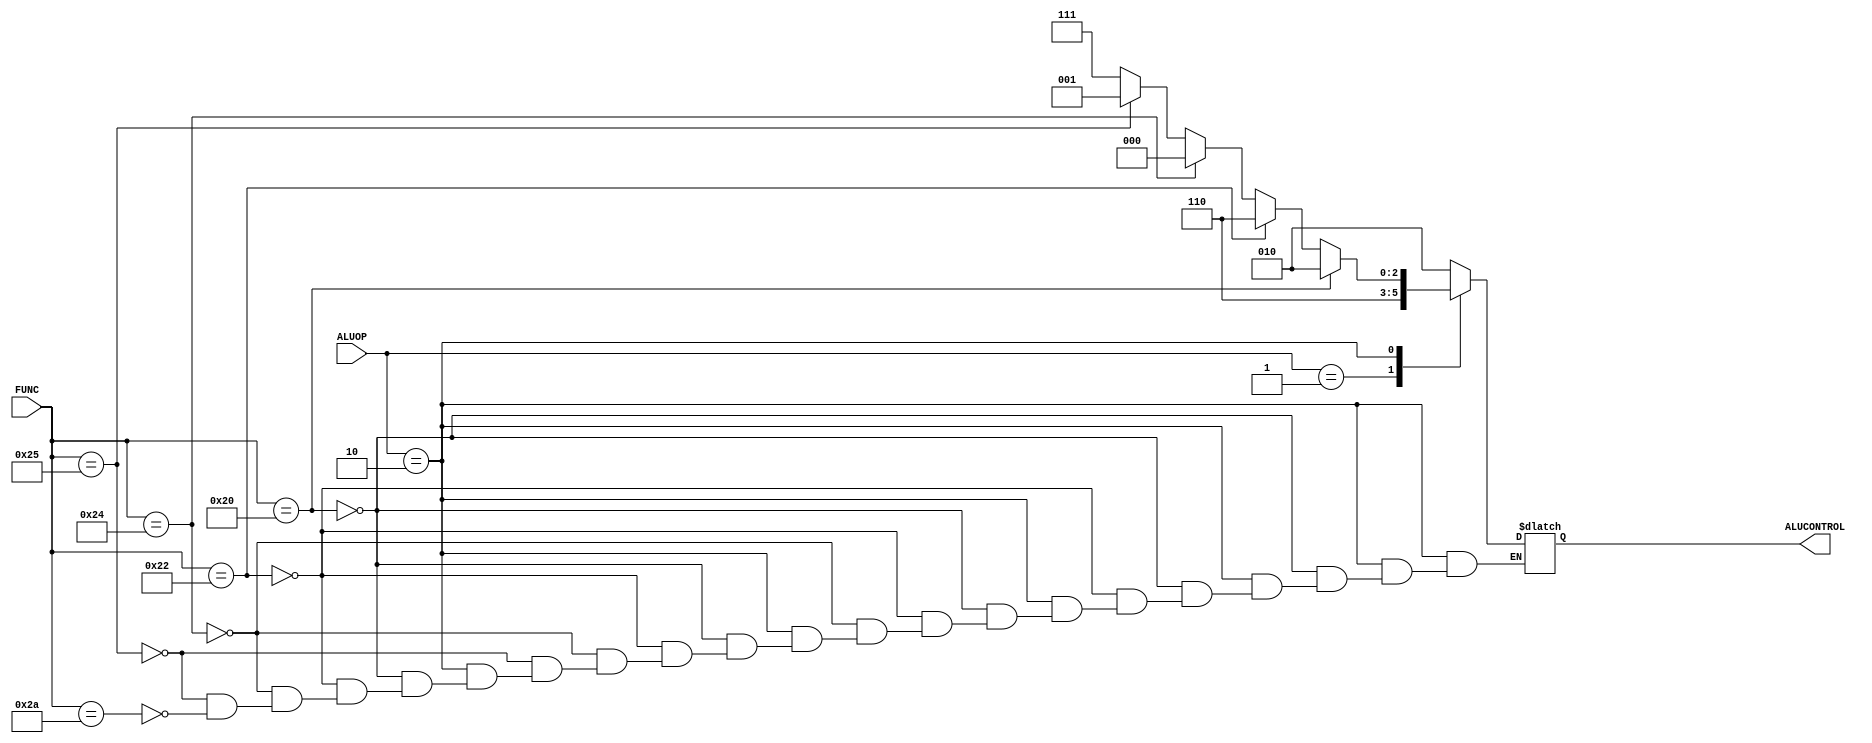
module ALUDECODER (ALUOP , FUNC , ALUCONTROL);
input [1:0] ALUOP ;
input [5:0] FUNC ;
output reg [2:0] ALUCONTROL;
always @(*) begin 
case (ALUOP)
2'b00 : ALUCONTROL = 3'b010 ;
2'b01 : ALUCONTROL = 3'b110 ;
2'b10 : begin 
if (FUNC == 6'b100000)
ALUCONTROL = 3'b010 ;
else if (FUNC == 6'b100010)
begin 
ALUCONTROL = 3'b110 ;
end
else if (FUNC == 6'b100100)
begin 
ALUCONTROL = 3'b000 ;
end
else if (FUNC == 6'b100101)
begin 
ALUCONTROL = 3'b001 ;
end
else if (FUNC == 6'b101010)
begin 
ALUCONTROL = 3'b111 ;
end
end
default : ALUCONTROL = 3'b010 ;

endcase
end

endmodule